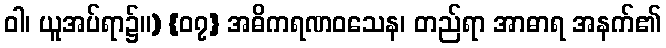
ဝါ၊ ယူအပ်ရာ၌။) {၀၇} အဓိကရဏဝသေန၊ တည်ရာ အာဓာရ အနက်၏